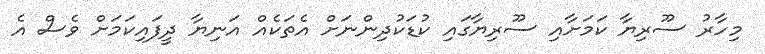
މިހާރު ސޫރިޔާ ކަމަށާއި ސޫރިޔާގައި ކުޑަކުދިންނަށް އެތަކެއް އަނިޔާ ދީފައިކަމަށް ވެސް އެ